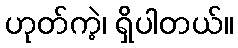
ဟုတ်ကဲ့၊ ရှိပါတယ်။